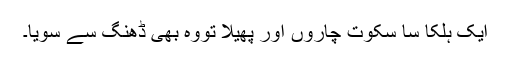
ایک ہلکا سا سکوت چاروں اور پھیلا تووہ بھی ڈھنگ سے سویا۔